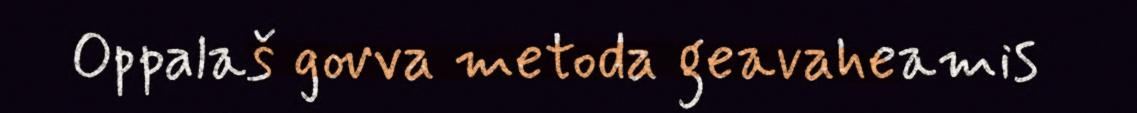
Oppalaš govva metoda geavaheamis